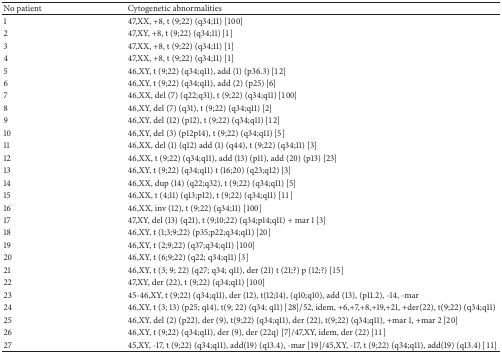
<table><thead><tr><td><b>No patient</b></td><td><b>Cytogenetic abnormalities </b></td></tr></thead><tbody><tr><td>1</td><td>47,XX, +8, t (9;22) (q34;11) [100]</td></tr><tr><td>2</td><td>47,XY, +8, t (9;22) (q34;11) [1]</td></tr><tr><td>3</td><td>47,XX, +8, t (9;22) (q34;11) [1]</td></tr><tr><td>4</td><td>47,XX, +8, t (9;22) (q34;11) [1]</td></tr><tr><td>5</td><td>46,XY, t (9;22) (q34;q11), add (1) (p36.3) [12]</td></tr><tr><td>6</td><td>46,XY, t (9;22) (q34;q11), add (2) (p25) [6]</td></tr><tr><td>7</td><td>46,XX, del (7) (q22;q31), t (9;22) (q34;q11) [100]</td></tr><tr><td>8</td><td>46,XY, del (7) (q31), t (9;22) (q34;q11) [2]</td></tr><tr><td>9</td><td>46,XY, del (12) (p12), t (9;22) (q34;q11) [12]</td></tr><tr><td>10</td><td>46,XY, del (3) (p12p14), t (9;22) (q34;q11) [5]</td></tr><tr><td>11</td><td>46,XX, del (1) (q12) add (1) (q44), t (9;22) (q34;11) [3]</td></tr><tr><td>12</td><td>46,XX, t (9;22) (q34;q11), add (13) (p11), add (20) (p13) [23]</td></tr><tr><td>13</td><td>46,XY, t (9;22) (q34;q11) t (16;20) (q23;q12) [3]</td></tr><tr><td>14</td><td>46,XX, dup (14) (q22;q32), t (9;22) (q34;q11) [5]</td></tr><tr><td>15</td><td>46,XX, t (4;11) (q13;p12), t (9;22) (q34;q11) [11]</td></tr><tr><td>16</td><td>46,XX, inv (12), t (9;22) (q34;11) [100]</td></tr><tr><td>17</td><td>47,XY, del (13) (q21), t (9;10;22) (q34;p14;q11) + mar 1 [3]</td></tr><tr><td>18</td><td>46,XY, t (1;3;9;22) (p35;p22;q34;q11) [20]</td></tr><tr><td>19</td><td>46,XY, t (2;9;22) (q37;q34;q11) [100]</td></tr><tr><td>20</td><td>46,XY, t (6;9;22) (q22; q34;q11) [3]</td></tr><tr><td>21</td><td>46,XY, t (3; 9; 22) (q27; q34; q11), der (21) t (21;?) p (12;?) [15]</td></tr><tr><td>22</td><td>47,XY, der (22), t (9;22) (q34;q11) [100]</td></tr><tr><td>23</td><td>45-46,XY, t (9;22) (q34;q11), der (12), t(12;14), (q10;q10), add (13), (p11.2), -14, -mar</td></tr><tr><td>24</td><td>46,XY, t (3; 13) (p25; q14), t(9; 22) (q34; q11) [28]/52, idem, +6,+7,+8,+19,+21, +der(22), t(9;22) (q34;q11)</td></tr><tr><td>25</td><td>46,XY, del (2) (p22), der (9), t(9;22) (q34;q11), der (22), t(9;22) (q34;q11), +mar 1, +mar 2 [20]</td></tr><tr><td>26</td><td>46,XY, t (9;22) (q34;q11), der (9), der (22q) [7]/47,XY, idem, der (22) [11]</td></tr><tr><td>27</td><td>45,XY, -17, t (9;22) (q34;q11), add(19) (q13.4), -mar [19]/45,XY, -17, t (9;22) (q34;q11), add(19) (q13.4) [11]</td></tr></tbody></table>